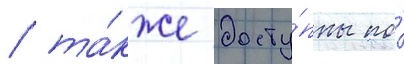
/ та́кже досту́пны по́